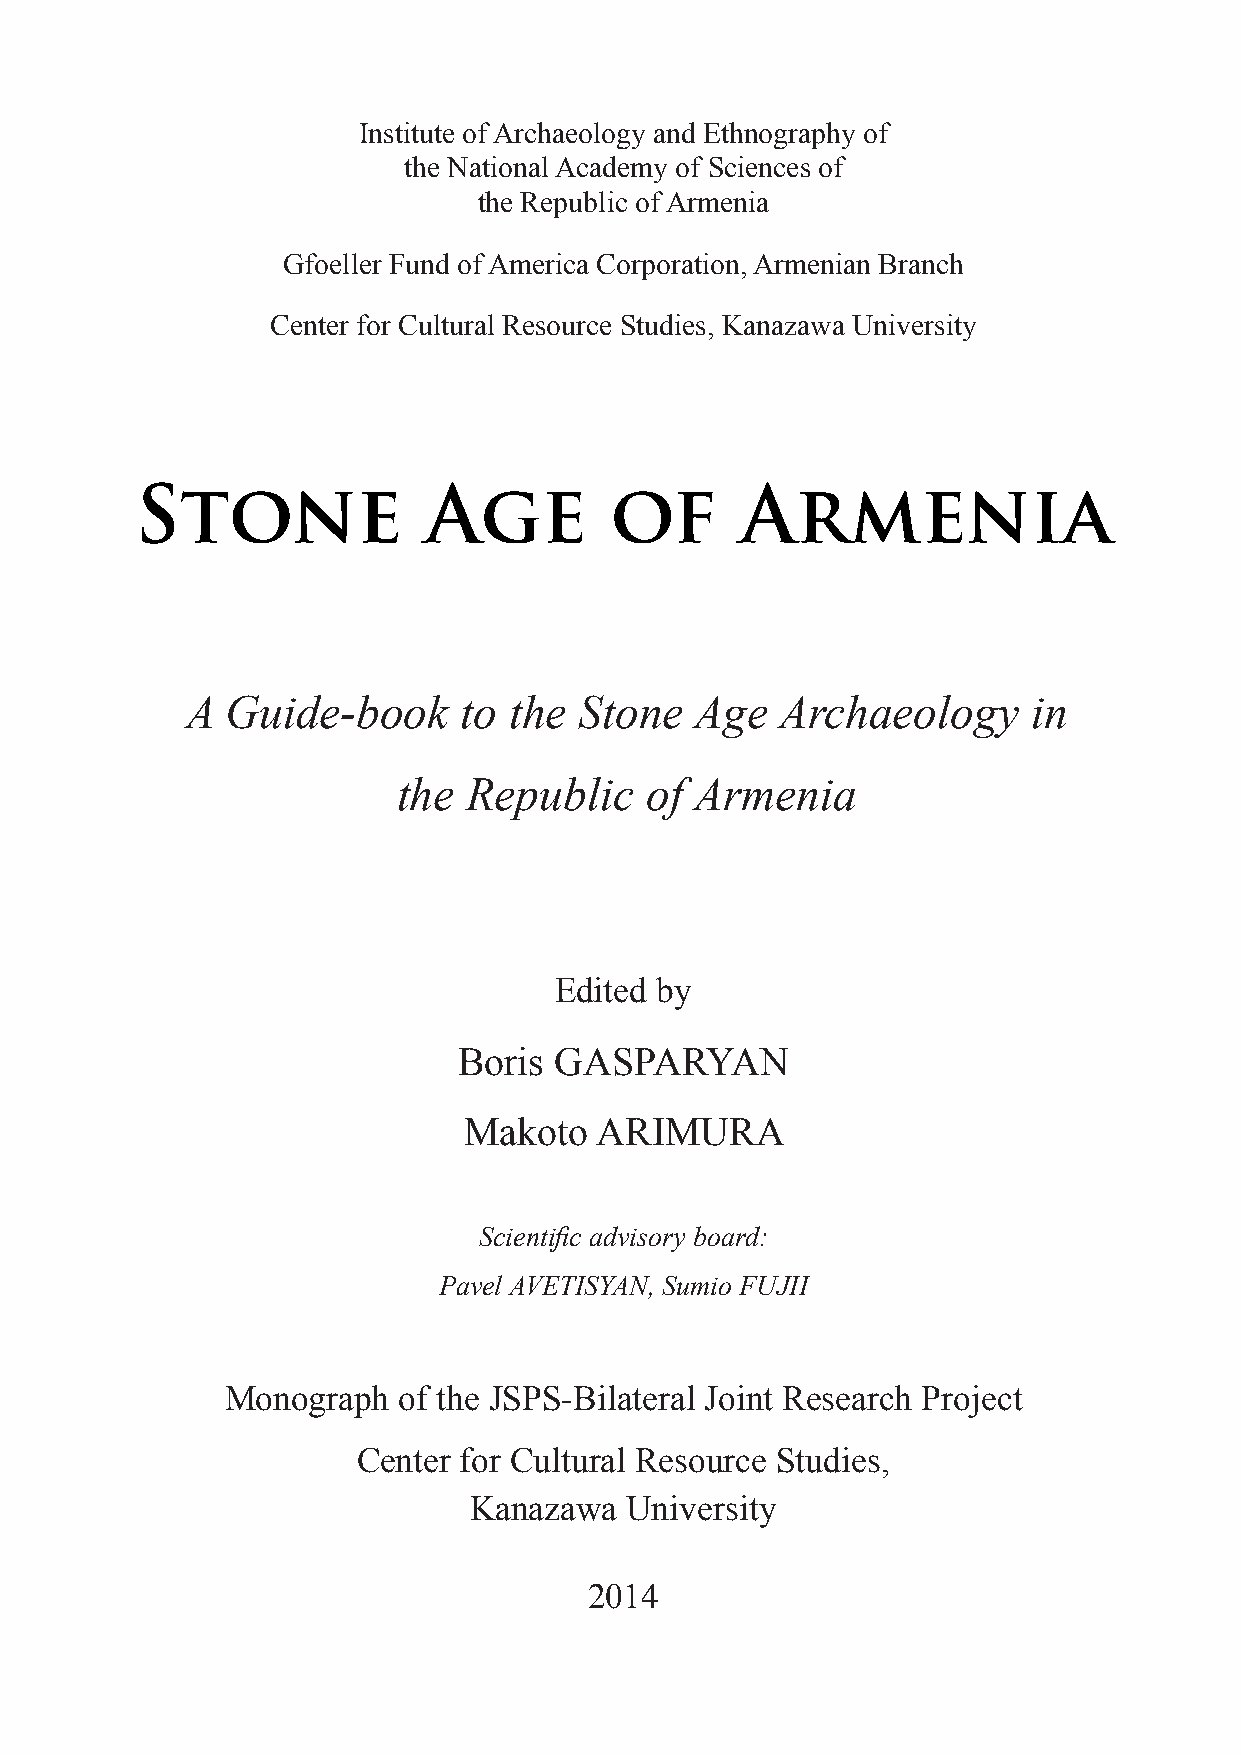
Institute of Archaeology and Ethnography of
 the National Academy of Sciences of
 the Republic of Armenia
 Gfoeller Fund of America Corporation, Armenian Branch
 Center for Cultural Resource Studies, Kanazawa University
 Stone              Age         of       Armenia
 A  Guide-book     to  the Stone   Age   Archaeology     in
 the  Republic    of Armenia
 Edited by
 Boris  GASPARYAN
 Makoto  ARIMURA
 Scientifi c advisory board:
 Pavel AVETISYAN, Sumio FUJII
 Monograph  of the JSPS-Bilateral Joint Research Project
 Center for Cultural Resource Studies,
 Kanazawa  University
 2014